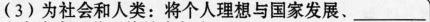
(3)为社会和人类：将个人理想与国家发展、___